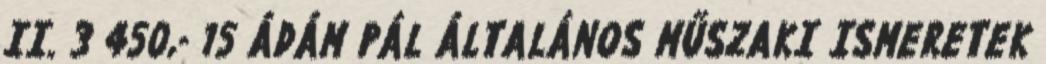
II. 3 450,- 15 ÁDÁM PÁL ÁLTALÁNOS MŰSZAKI ISMERETEK